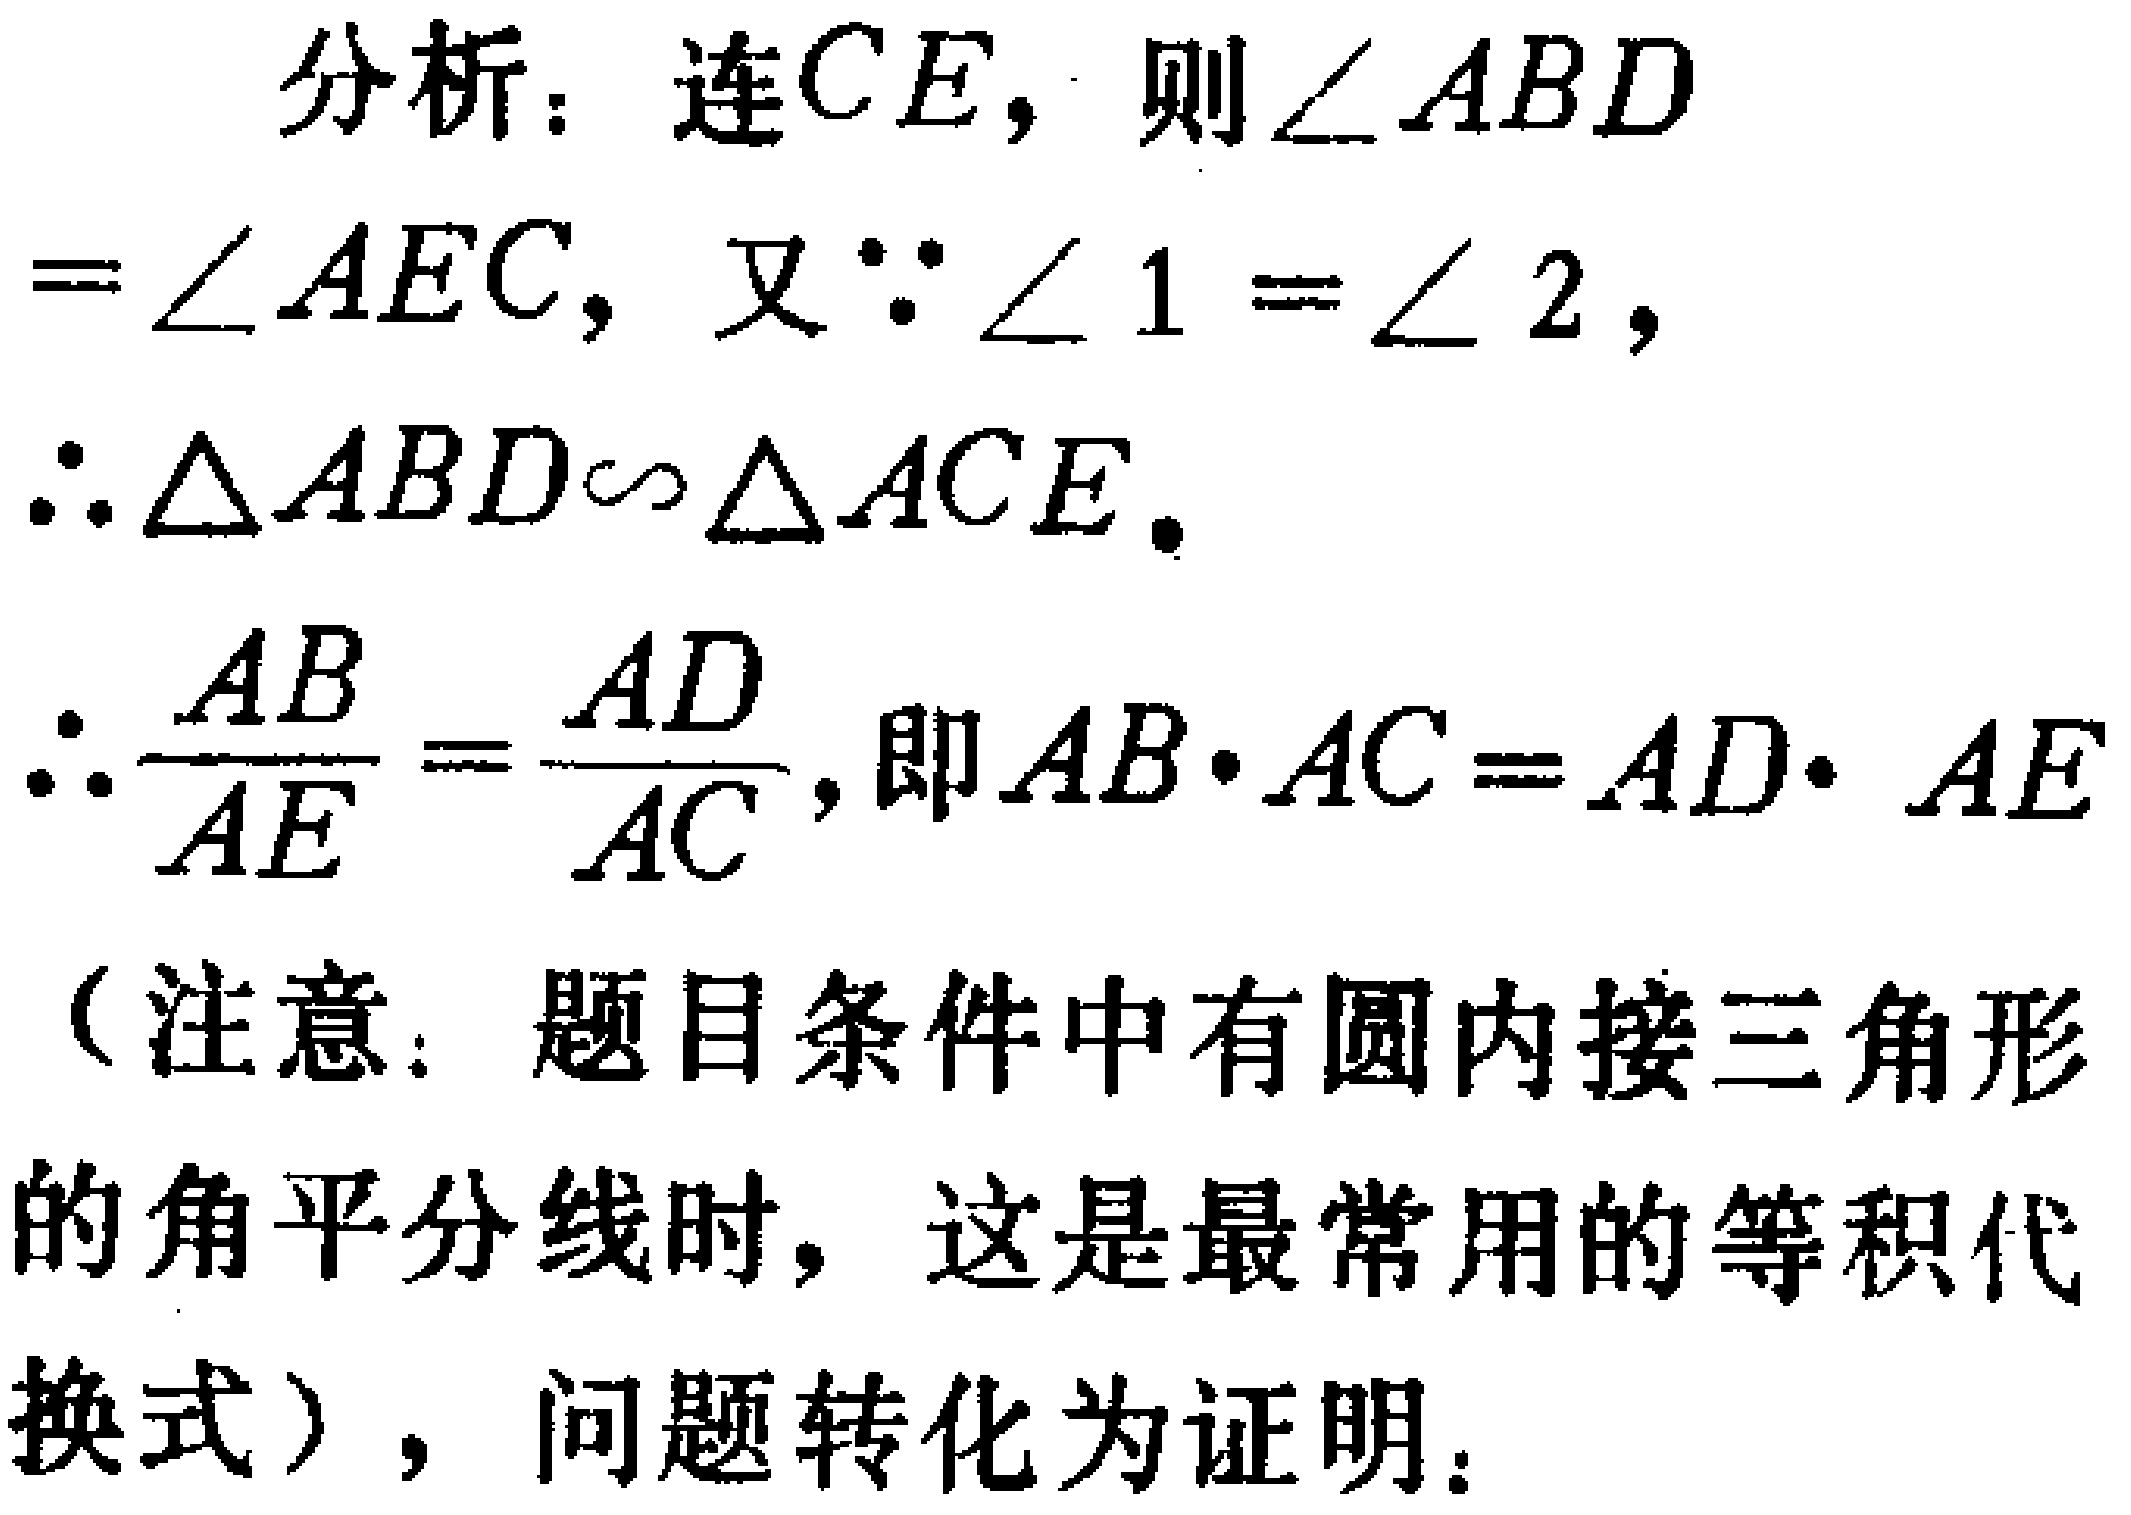
分析：连\(CE\)，则\(\angle ABD\)

\(=\angle AEC\)，又\(\because \angle 1 = \angle 2\)，

\(\therefore \triangle ABD\sim\triangle ACE\)。

\(\therefore \frac{AB}{AE} = \frac{AD}{AC}\)，即\(AB\cdot AC = AD\cdot AE\)

（注意：题目条件中有圆内接三角形

的角平分线时，这是最常用的等积代

换式），问题转化为证明：